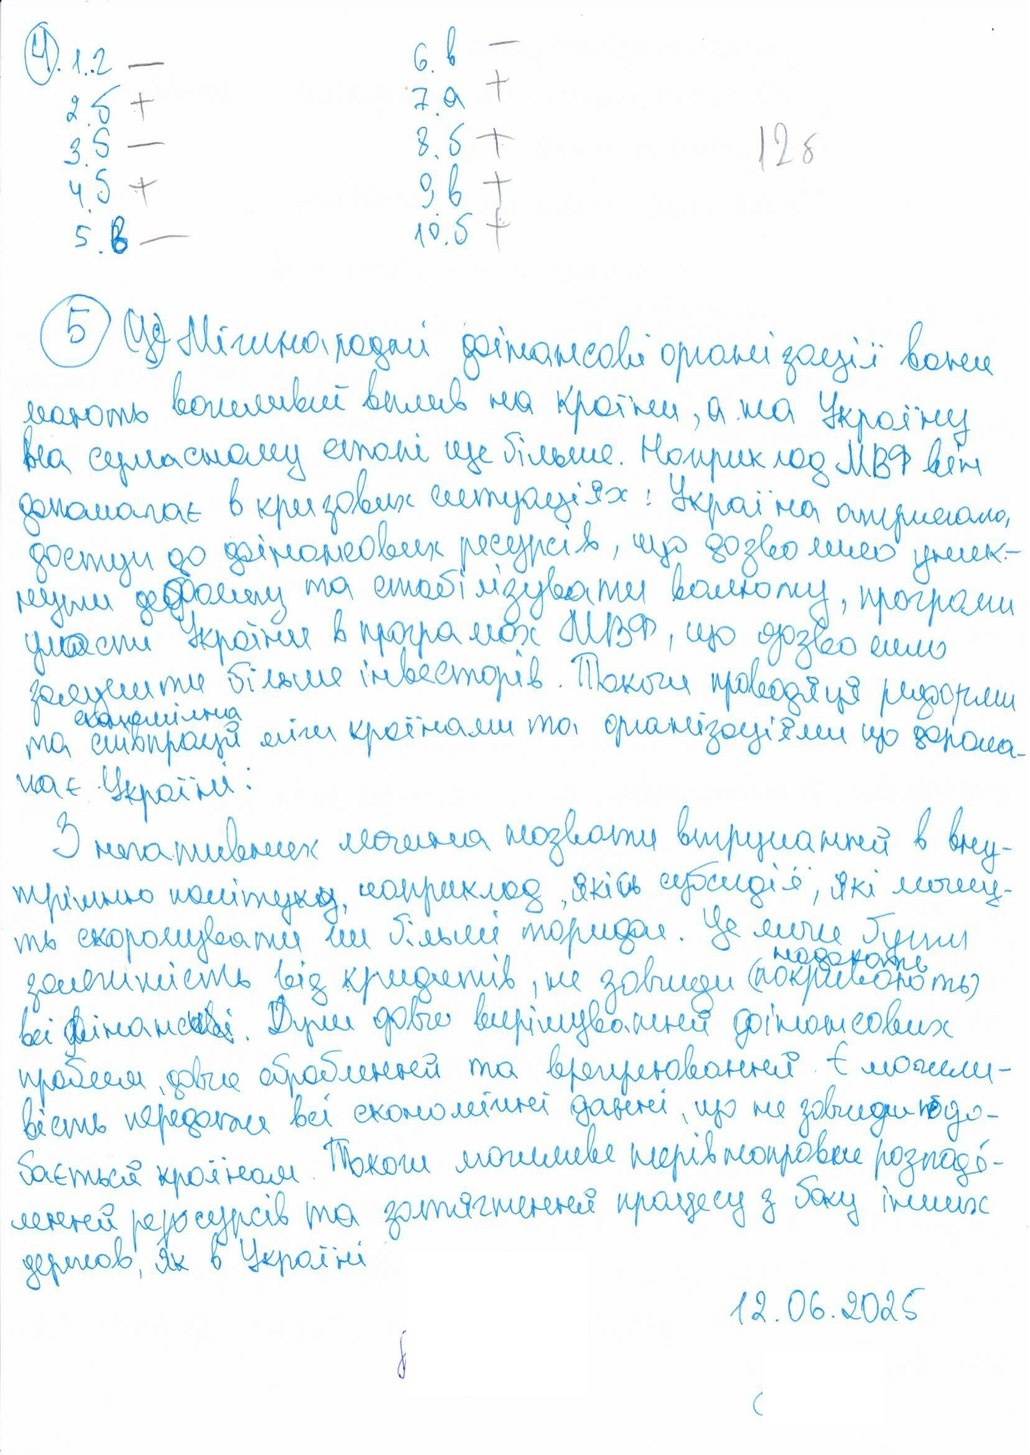
6. в
4. 1. г
-
-
+
7. а
2. б
+
12б
8. б
+
3. б
-
4. б
9. в
+
+
+
10. б
5. в
-
5) Міжнародні фінансові організації вони
мають важливий вплив на країни, а на Україну
від сучасному етапі ще більше. Наприклад МВФ він
допомагає в кризових ситуаціях: Україна отримала,
доступу до фінансових ресурсів, що дозволило уник-
нути дефолту та стабілізувати валюту, програми
участі України в програмах МВФ, що дозволили
залучити більше інвесторів. Також проводяця реформи
економічна
та співпраця між країнами та організаціями що допома-
гає Україні:
З негативних можна назвати втручання в вну-
трішно політику, наприклад, якісь субсидії, які можу-
ть скорочувати чи більше [Illegible] . Це лише були
залежність від кридитів, не завжди (покривають) надають
всі фінансові. Дуже довго вирішуваний фінансових
проблем, довге оброблення та врегульовання. Є можли-
вість передачі всі економічні дані, що не завжди подо-
бається країнам. Також можливе нерівномірне розподі-
лення ресурсів та затягненя процесу з боку інших
держав, як в Україні
12.06.2025